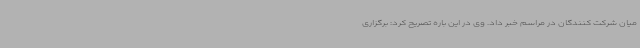
میان شرکت کنندگان در مراسم خبر داد. وی در این باره تصریح کرد: برگزاری